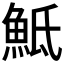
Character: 𩶅